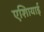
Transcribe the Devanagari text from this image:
एशिायाई